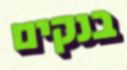
בנקים